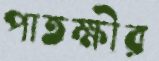
পাতক্ষীর